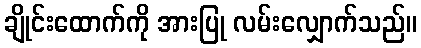
ချိုင်းထောက်ကို အားပြု လမ်းလျှောက်သည်။